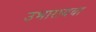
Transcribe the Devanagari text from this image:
उभारायचा